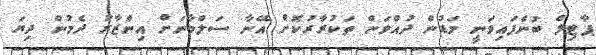
ޕާޓިލް ބުނެފައިވަނީ މަޑުން ދުއްވަން ތަކުރާރުކޮށް އޭނާ ސަލްމާނަށް އިންޒާރު ދެމުން ދިޔަ